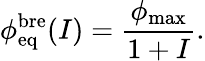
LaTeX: \phi_{\mathrm{eq}}^{\mathrm{bre}}(I)=\frac{\phi_{\mathrm{max}}}{1+I}.